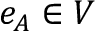
e _ { A } \in V